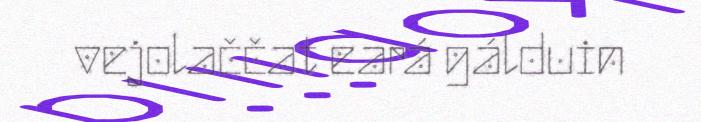
vejolaččat eará gálduin